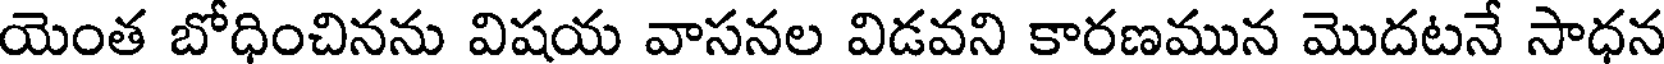
యెంత బోధించినను విషయ వాసనల విడవని కారణమున మొదటనే సాధన